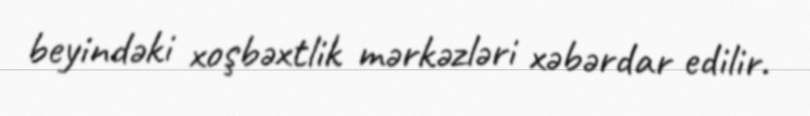
beyindəki xoşbəxtlik mərkəzləri xəbərdar edilir.